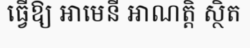
ធ្វើឱ្យ អាមេនី អាណត្តិ ស្ថិត